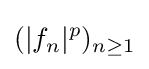
(|f_{n}|^{p})_{n\geq 1}